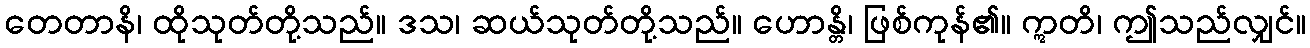
တေတာနိ၊ ထိုသုတ်တို့သည်။ ဒသ၊ ဆယ်သုတ်တို့သည်။ ဟောန္တိ၊ ဖြစ်ကုန်၏။ ဣတိ၊ ဤသည်လျှင်။